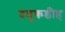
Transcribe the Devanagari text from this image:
दमूकडीह